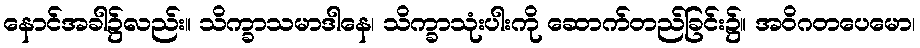
နောင်အခါ၌လည်း။ သိက္ခာသမာဒါနေ၊ သိက္ခာသုံးပါးကို ဆောက်တည်ခြင်း၌။ အဝိဂတပေမော၊